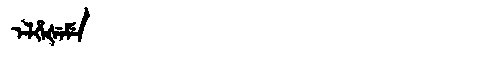
Manchu: ᡝᠯᡥᡝᡧᡝᠮᡝ
Romanization: ELHEŠEME